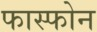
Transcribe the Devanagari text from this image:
फास्फोन